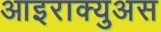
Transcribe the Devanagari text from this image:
आइराक्युअस